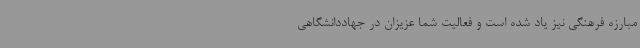
مبارزه فرهنگی نیز یاد شده است و فعالیت شما عزیزان در جهاددانشگاهی